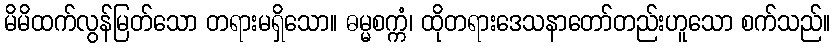
မိမိထက်လွန်မြတ်သော တရားမရှိသော။ ဓမ္မစက္ကံ၊ ထိုတရားဒေသနာတော်တည်းဟူသော စက်သည်။